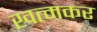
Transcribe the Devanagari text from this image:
खत्मकर